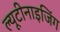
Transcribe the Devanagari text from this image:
ल्यूटीनाइजिंग